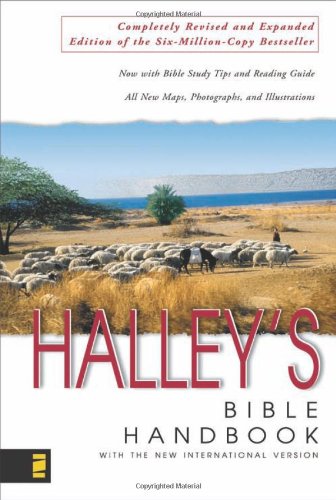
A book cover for Halley's Bible Handbook with the New International Version; Henry H. Halley; Christian Books & Bibles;